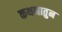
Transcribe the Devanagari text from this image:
कथनातुन